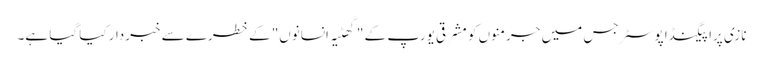
نازی پراپیگنڈا پوسٹر جس میں جرمنوں کو مشرقی یورپ کے "گھٹیہ انسانوں" کے خطرے سے خبردار کیا گیا ہے۔